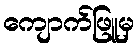
ကျောက်ဖြူမှ